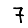
Digit: 7